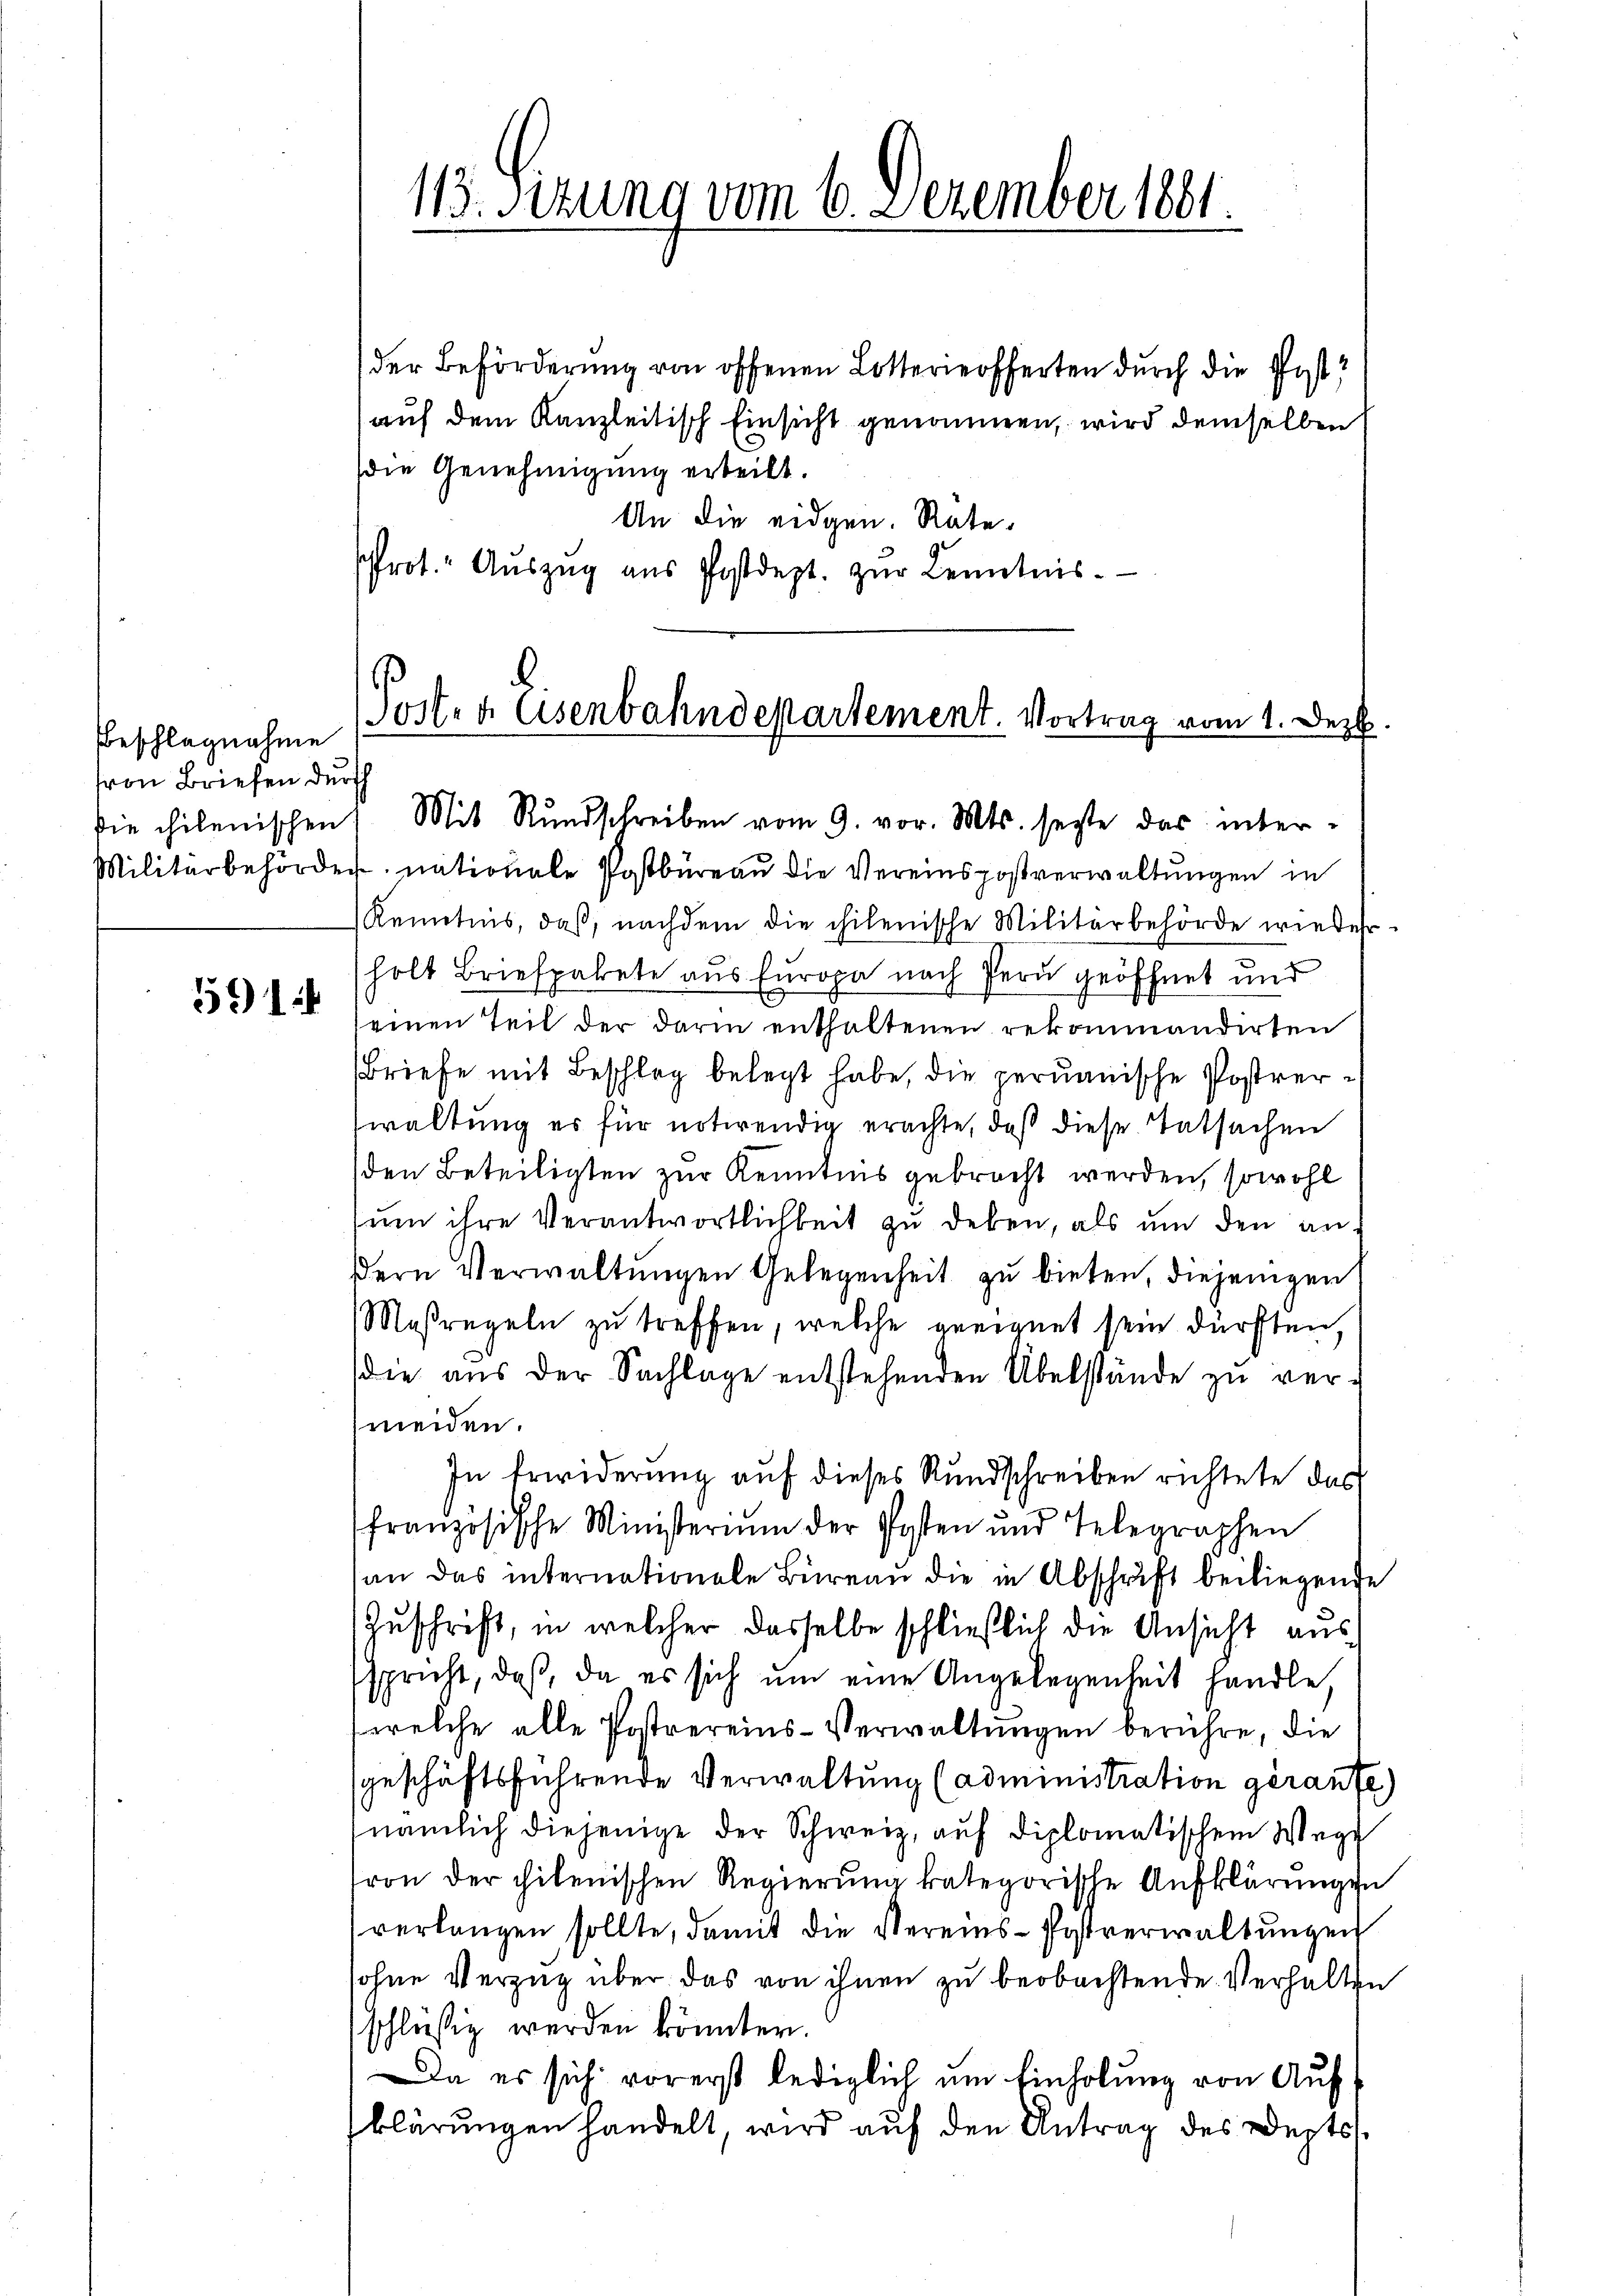
Beschlagnahme
ron Briefen durch

591

113. Sizung vom 6. Dezember 1881.

die Genehmigung erteilt.
An die eidgen. Rate
Prot. Aŭszŭg aŭs Postdept. zŭr Kenntnis.

Poster Eisenbahndepartement. Vortrag vom 1. Dez
die chilenischen Mit Rundschreiben vom 9. vor. Mts. sezte das inter¬

der Beförderung von offenen Lotterieofferten durch die Ehest?
auf dem Kanzleitisch Einsicht genommen, wird demselben

Militärbehörder nationale Postbüreaŭ die Vereinspostverwaltŭngen in
Kenntnis, daß, nachdem die chilenische Militärbehörde wieder-
holt Briefpakete aus Europa nach fern geöffnet und
einen Teil der darin enthaltenen rekommandirten
Briefe mit Beschlag belegt habe, die permanische Postrerwaltung es für notwendig erachte, daß diese Tatsachen
den Beteiligten zur Kenntnis gebracht werden, sowohl
sum ihre Verantwortlichkeit zu deben, als um den andern Verwaltungen Gelegenheit zu bieten, diejenigen
Maßregeln zu treffen, welche geeignet sein dürften,
die aus der Sachlage entstehenden Übelstände zu ver-
meiden.
In Erwiderung auf dieses Rundschreiben richtete das
französische Ministerium der Posten und Telegraphen
an das internationale Büreau die in Abschrift beiliegende
Zuschrift, in welcher dasselbe schließlich die Ansicht aus
spricht, daß, da es sich ŭm eine Angelegenheit handle,
(welche alle Postvereins-Verwaltungen berühre, die
geschäftsführende Verwaltung (administration geraufe)
nämlich diejenige der Schweiz, auf diplomatischem Wege
ron der chilenischen Regierung kategorische Aufklärungen
verlangen sollte, damit die Vereins-Postverwaltungen
sohne Verzug über das von ihnen zu beobachtende Verhalten
schlüssig werden könnten.
Da es sich vorerst lediglich um Einholung von Aufklärungen handelt, wird auf den Antrag des Depts